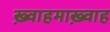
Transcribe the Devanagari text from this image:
ख़्वाहमाख़्वाह